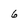
Character: 6